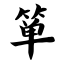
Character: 箪